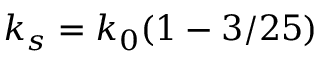
k _ { s } = k _ { 0 } ( 1 - 3 / 2 5 )